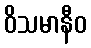
ဝိသမာနီဝ